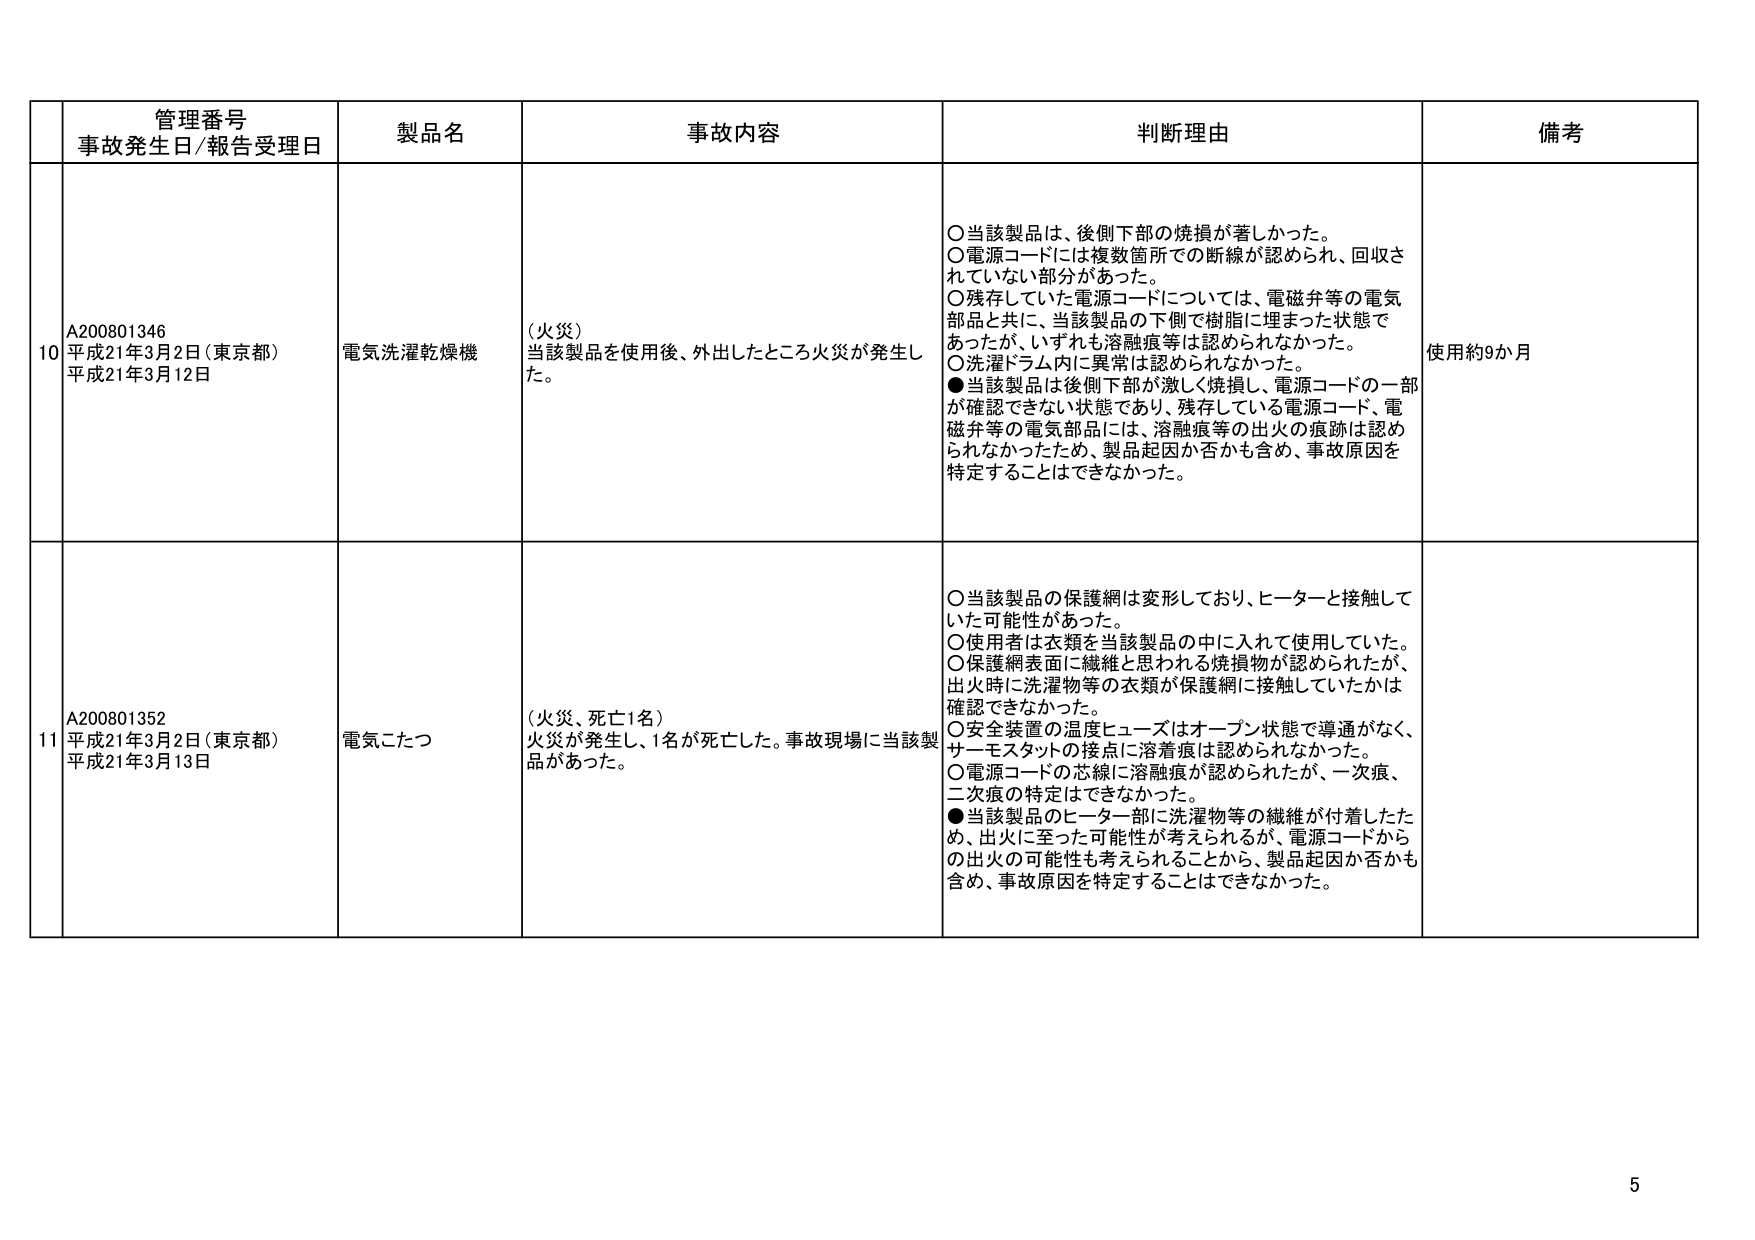
管理番号
事故発生日/報告受理日
製品名
事故内容
判断理由
備考

10
A200801346
平成21年3月2日（東京都）
平成21年3月12日
電気洗濯乾燥機
（火災）
当該製品を使用後、外出したところ火災が発生した。
○当該製品は、後側下部の焼損が著しかった。
○電源コードには複数箇所での断線が認められ、回収されていない部分があった。
○残存していた電源コードについては、電磁弁等の電気部品と共に、当該製品の下側で樹脂に埋まった状態であったが、いずれも溶融痕等は認められなかった。
○洗濯ドラム内に異常は認められなかった。
●当該製品は後側下部が激しく焼損し、電源コードの一部が確認できない状態であり、残存している電源コード、電磁弁等の電気部品には、溶融痕等の出火の痕跡は認められなかったため、製品起因か否かも含め、事故原因を特定することはできなかった。
使用約9か月

11
A200801352
平成21年3月2日（東京都）
平成21年3月13日
電気こたつ
（火災、死亡1名）
火災が発生し、1名が死亡した。事故現場に当該製品があった。
○当該製品の保護網は変形しており、ヒーターと接触していた可能性があった。
○使用者は衣類を当該製品の中に入れて使用していた。
○保護網表面に繊維と思われる焼損物が認められたが、出火時に洗濯物等の衣類が保護網に接触していたかは確認できなかった。
○安全装置の温度ヒューズはオープン状態で導通がなく、サーモスタットの接点に溶着痕は認められなかった。
○電源コードの芯線に溶融痕が認められたが、一次痕、二次痕の特定はできなかった。
●当該製品のヒーター部に洗濯物等の繊維が付着したため、出火に至った可能性が考えられるが、電源コードからの出火の可能性も考えられることから、製品起因か否かも含め、事故原因を特定することはできなかった。

5